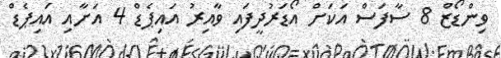
ވިންޑޯޒް 8 ސާފަސް އަކަށް އޯޑަރުދީފައި ވާއިރު އައިޕެޑް 4 އަށާއި އައިޕެޑް